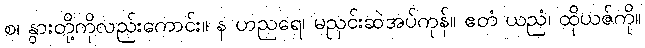
စ၊ နွားတို့ကိုလည်းကောင်း။ န ဟညရေ၊ မညှင်းဆဲအပ်ကုန်။ ဧတံ ယညံ၊ ထိုယဇ်ကို။